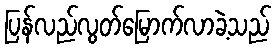
ပြန်လည်လွတ်မြောက်လာခဲ့သည်